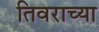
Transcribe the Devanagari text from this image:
तिवराच्या